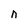
Character: n